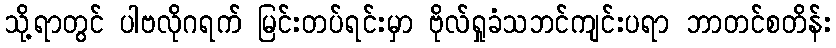
သို့ရာတွင် ပါဗလိုဂရက် မြင်းတပ်ရင်းမှာ ဗိုလ်ရှုခံသဘင်ကျင်းပရာ ဘာတင်စတိန်း